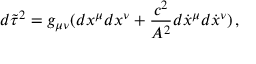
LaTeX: d \tilde { \tau } ^ { 2 } = g _ { \mu \nu } ( d x ^ { \mu } d x ^ { \nu } + \frac { c ^ { 2 } } { A ^ { 2 } } d \dot { x } ^ { \mu } d \dot { x } ^ { \nu } ) \, { , }